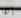
إنها